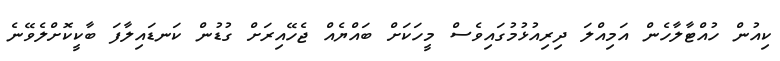
ކިއުން ހުއްޓާލާހެން އަމިއްލަ ދިރިއުޅުމުގައިވެސް މީހަކަށް ބައްޔެއް ޖެހޭއިރަށް ގުޑުން ކަނޑައިލާފަ ބާކީކޮށްލެވޭނެ